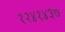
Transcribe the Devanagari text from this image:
१२४१४३७